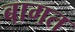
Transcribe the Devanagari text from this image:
बागत